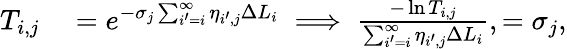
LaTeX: \begin{array}{rl}{T_{i,j}}&{{}=e^{-\sigma_{j}\sum_{i^{\prime}=i}^{\infty}\eta_{i^{\prime},j}\Delta L_{i}}\implies\frac{-\ln{T_{i,j}}}{\sum_{i^{\prime}=i}^{\infty}\eta_{i^{\prime},j}\Delta L_{i}},=\sigma_{j},}\end{array}